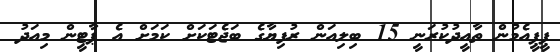
ޕީޕީއެމުން ތާއީދުކުރަނީ 15 ބިލިއަން ރުފިޔާގެ ބަޖެޓަކަށް ކަމަށް އެ ޕާޓީން މިއަދު